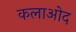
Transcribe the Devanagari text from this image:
कलाओद